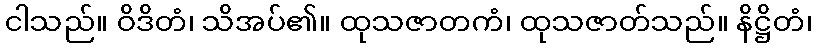
ငါသည်။ ဝိဒိတံ၊ သိအပ်၏။ ထုသဇာတကံ၊ ထုသဇာတ်သည်။ နိဋ္ဌိတံ၊